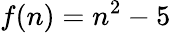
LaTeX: f(n)=n^{2}-5